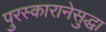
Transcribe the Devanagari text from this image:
पुरस्कारानेसुद्धा